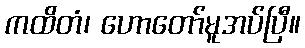
ကထိတံ၊ ဟောတော်မူအပ်ပြီ။